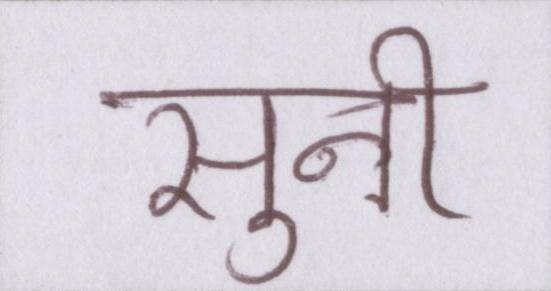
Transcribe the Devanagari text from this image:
सुनी